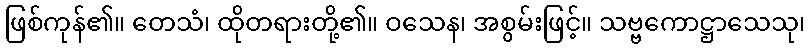
ဖြစ်ကုန်၏။ တေသံ၊ ထိုတရားတို့၏။ ဝသေန၊ အစွမ်းဖြင့်။ သဗ္ဗကောဋ္ဌာသေသု၊